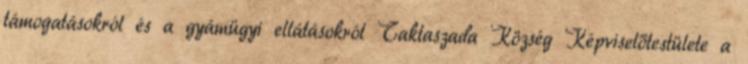
támogatásokról és a gyámügyi ellátásokról Taktaszada Község Képviselőtestülete a